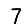
Digit: 7